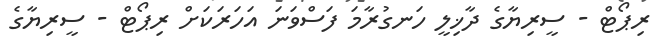
ރިޕޯޓް - ސީރިޔާގެ ދާޚިލީ ހަނގުރާމަ ފަސްވަނަ އަހަރަކަށް ރިޕޯޓް - ސީރިޔާގެ